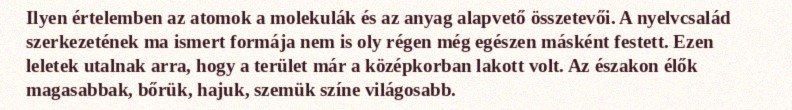
Ilyen értelemben az atomok a molekulák és az anyag alapvető összetevői. A nyelvcsalád szerkezetének ma ismert formája nem is oly régen még egészen másként festett. Ezen leletek utalnak arra, hogy a terület már a középkorban lakott volt. Az északon élők magasabbak, bőrük, hajuk, szemük színe világosabb.